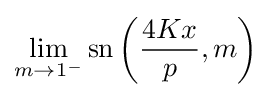
\lim _{m\rightarrow 1^{-}}\operatorname {sn} \left({\frac {4Kx}{p}},m\right)